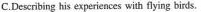
C.Deseribing his experiences with flying birds.